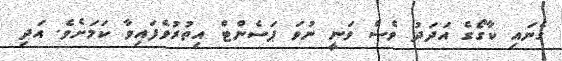
ގެނައި ކާގޯގެ އަދަދު ވެސް ވަނީ ނުވަ ޕަސެންޓް އިތުރުވެފައިވާ ކަމަށެވެ. އަދި